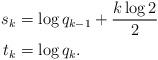
LaTeX: \begin{align*}s_k &=\log q_{k-1}+\frac {k\log 2}{2} \\ t_k &=\log q_k.\end{align*}